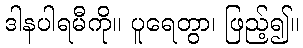
ဒါနပါရမီကို။ ပူရေတွာ၊ ဖြည့်၍။